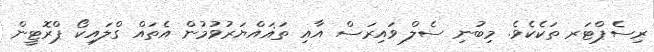
ރިސެޕްޓަރ ތަކެކެވެ. މިބުނި ސެލް ވައިރަސް އާއި ތަޣައްޔަރުވުމުން އެތައް ގްލައިކޯ ޕްރޮޓީން